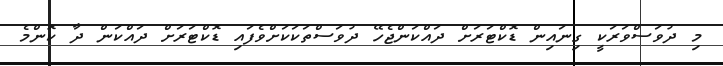
މި ދުވަސްވަރަކީ ގިނައިން ޑޮކްޓަރަށް ދައްކަންޖެހޭ ދުވަސްތަކަކަށްވެފައި ޑޮކްޓަރަށް ދައްކަން ދާ ކޮންމެ